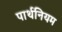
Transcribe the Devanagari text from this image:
पार्थनियम